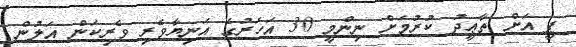
ޕީ އަށް ތާޢީދު ކުރުމަށް ނިންމީ 30 އަހަރުގެ އަނިޔާވެރި ވެރިކަން އަލުން